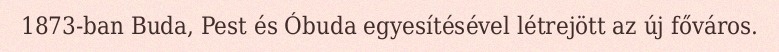
1873-ban Buda, Pest és Óbuda egyesítésével létrejött az új főváros.